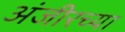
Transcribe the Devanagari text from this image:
अंजीरच्या